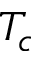
T _ { c }